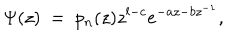
\Psi ( z ) \ = \ p _ { n } ( z ) z ^ { l - c } e ^ { - a z - b z ^ { - 1 } } ,